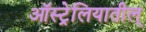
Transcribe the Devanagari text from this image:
ऑस्ट्रेलियातील्